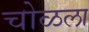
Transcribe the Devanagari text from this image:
चोळला